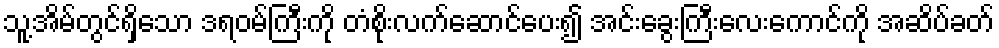
သူ့အိမ်တွင်ရှိသော ဒရဝမ်ကြီးကို တံစိုးလက်ဆောင်ပေး၍ အင်းခွေးကြီးလေးကောင်ကို အဆိပ်ခတ်